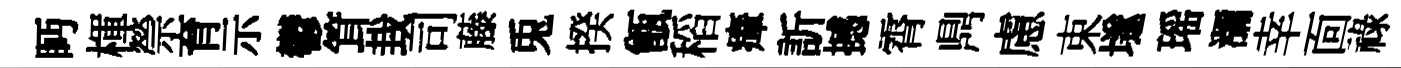
眄楎禜育示鬱䇯㘽司藤兎揆甑稻瘴訢撼霄𪔂慮束𡑞瑶瀰幸靣祿